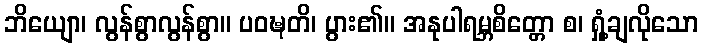
ဘိယျော၊ လွန်စွာလွန်စွာ။ ပဝဍ္ဎတိ၊ ပွား၏။ အနုပါရမ္ဘစိတ္တော စ၊ ရှုံ့ချလိုသော